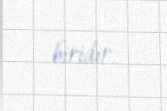
biridir.